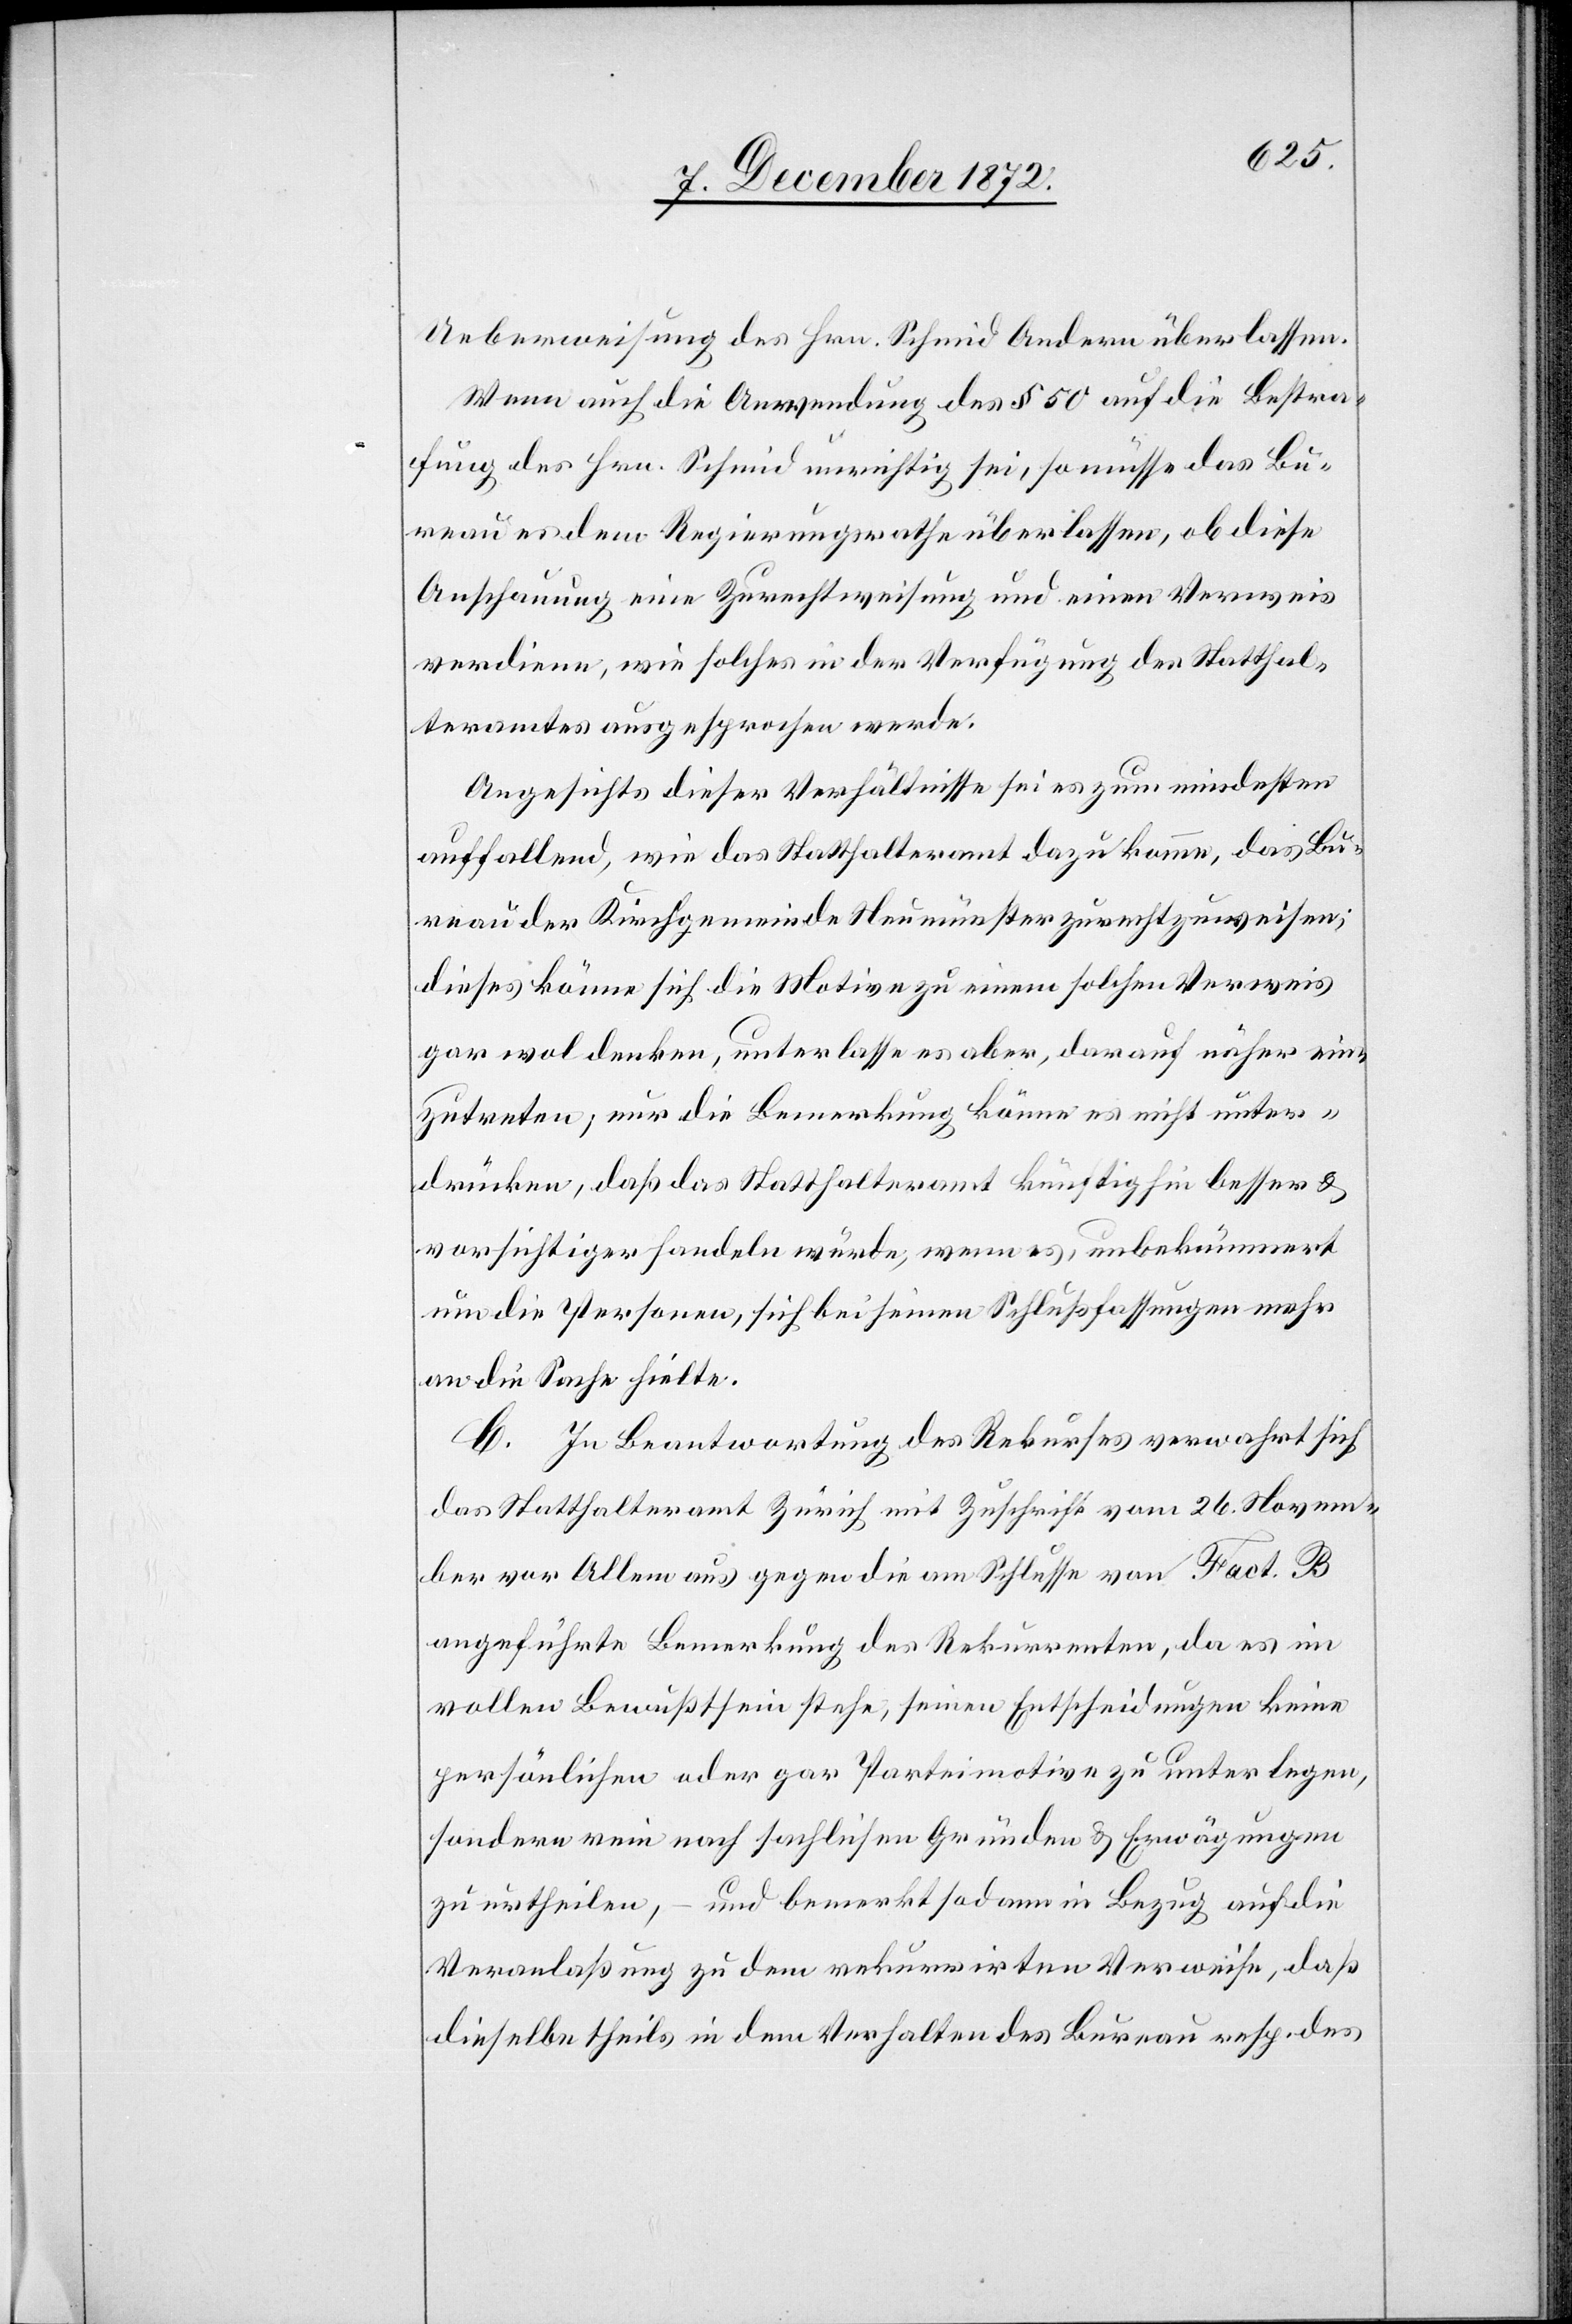
Ueberweisung des Hrn. Schmid Andern überlassen.
Wenn auch die Anwendung de § 50 auf die Bestra¬
fung des Hrn. Schmid unrichtig sei, so müsse das Bu¬
reau es dem Regierungsrathe überlassen, ob diese
Anschauung eine Zurechtweisung und einen Verweis
verdiene, wie solches in der Verfügung der Statthal¬
teramtes ausgesprochen werde.
Angesichts dieser Verhältnisse sei es zum mindesten
auffallend, wie das Statthalteramt dazu komme, das Bu¬
reau der Kirchgemeinde Neumünster zurechtzuweisen;
dieses könne sich die Motive zu einem solchen Verweis
gar wol denken, unterlasse es aber, darauf näher ein¬
zutreten, nur die Bemerkung könne es nicht unter¬
drücken, daß das Statthalteramt künftig hin besser u.
vorsichtiger handeln würde, wenn es, unbekümmert
um die Personen, sich bei seinen Schlußfassungen mehr
an die Sache hielte.
C. In Beantwortung des Rekurses verwahrt sich
das Statthalteramt Zürich mit Zuschrift vom 26. Novem¬
ber vor Allem aus gegen die am Schlusse von Fact. B
angeführte Bemerkung des Rekurrenten, da es im
vollen Bewußtsein stehe, seinen Entscheidungen keine
persönlichen oder gar Parteimotive zu unterlegen,
sondern rein nach sachlichen Gründen u. Erwägungen
zu urtheilen, – und bemerkt sodann in Bezug auf die
Veranlaßung zu dem rekurrirten Verweise, daß
dieselbe theils in dem Verhalten des Bureau resp. des